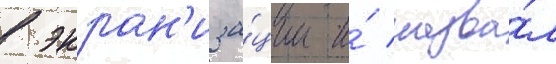
в экран'иза́ции и́ назва́л